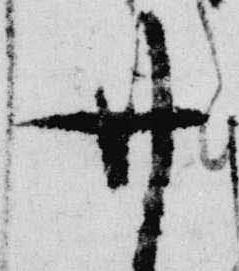
無